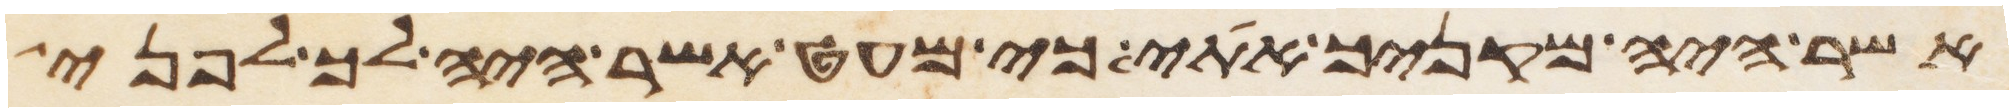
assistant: אשר היה מקניך אתי כי מעט אשר היה לך לפני